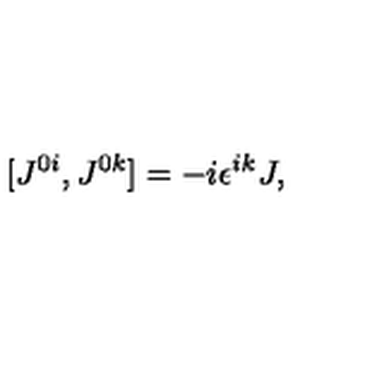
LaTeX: [ J ^ { 0 i } , J ^ { 0 k } ] = - i \epsilon ^ { i k } J ,